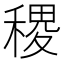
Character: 稷